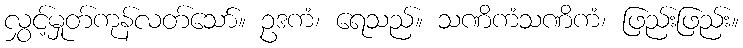
လွှင့်မှုတ်ကုန်လတ်သော်။ ဥဒကံ၊ ရေသည်။ သဏိကံသဏိကံ၊ ဖြည်းဖြည်း။